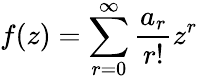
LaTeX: f(z)=\sum_{r=0}^{\infty}\frac{a_{r}}{r!}z^{r}